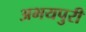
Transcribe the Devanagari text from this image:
अभयपुरी